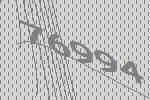
76994